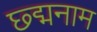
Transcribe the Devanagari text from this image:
छ्द्मनाम